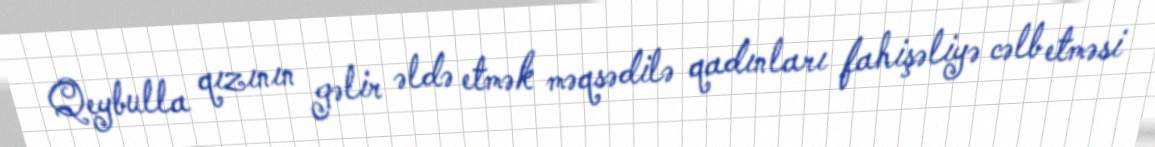
Qeybulla qızının gəlir əldə etmək məqsədilə qadınları fahişəliyə cəlb etməsi